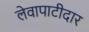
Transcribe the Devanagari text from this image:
लेवापाटीदार